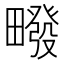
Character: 𰣙